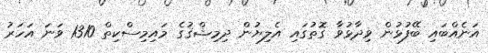
އަނެއްބައި ބޭފުޅުން ވިދާޅުވާ ގޮތުގައި އެލިޔުން ދިމިޝްޤުގެ މައިމިސްކިތް 1310 ވަނަ އަހަރު